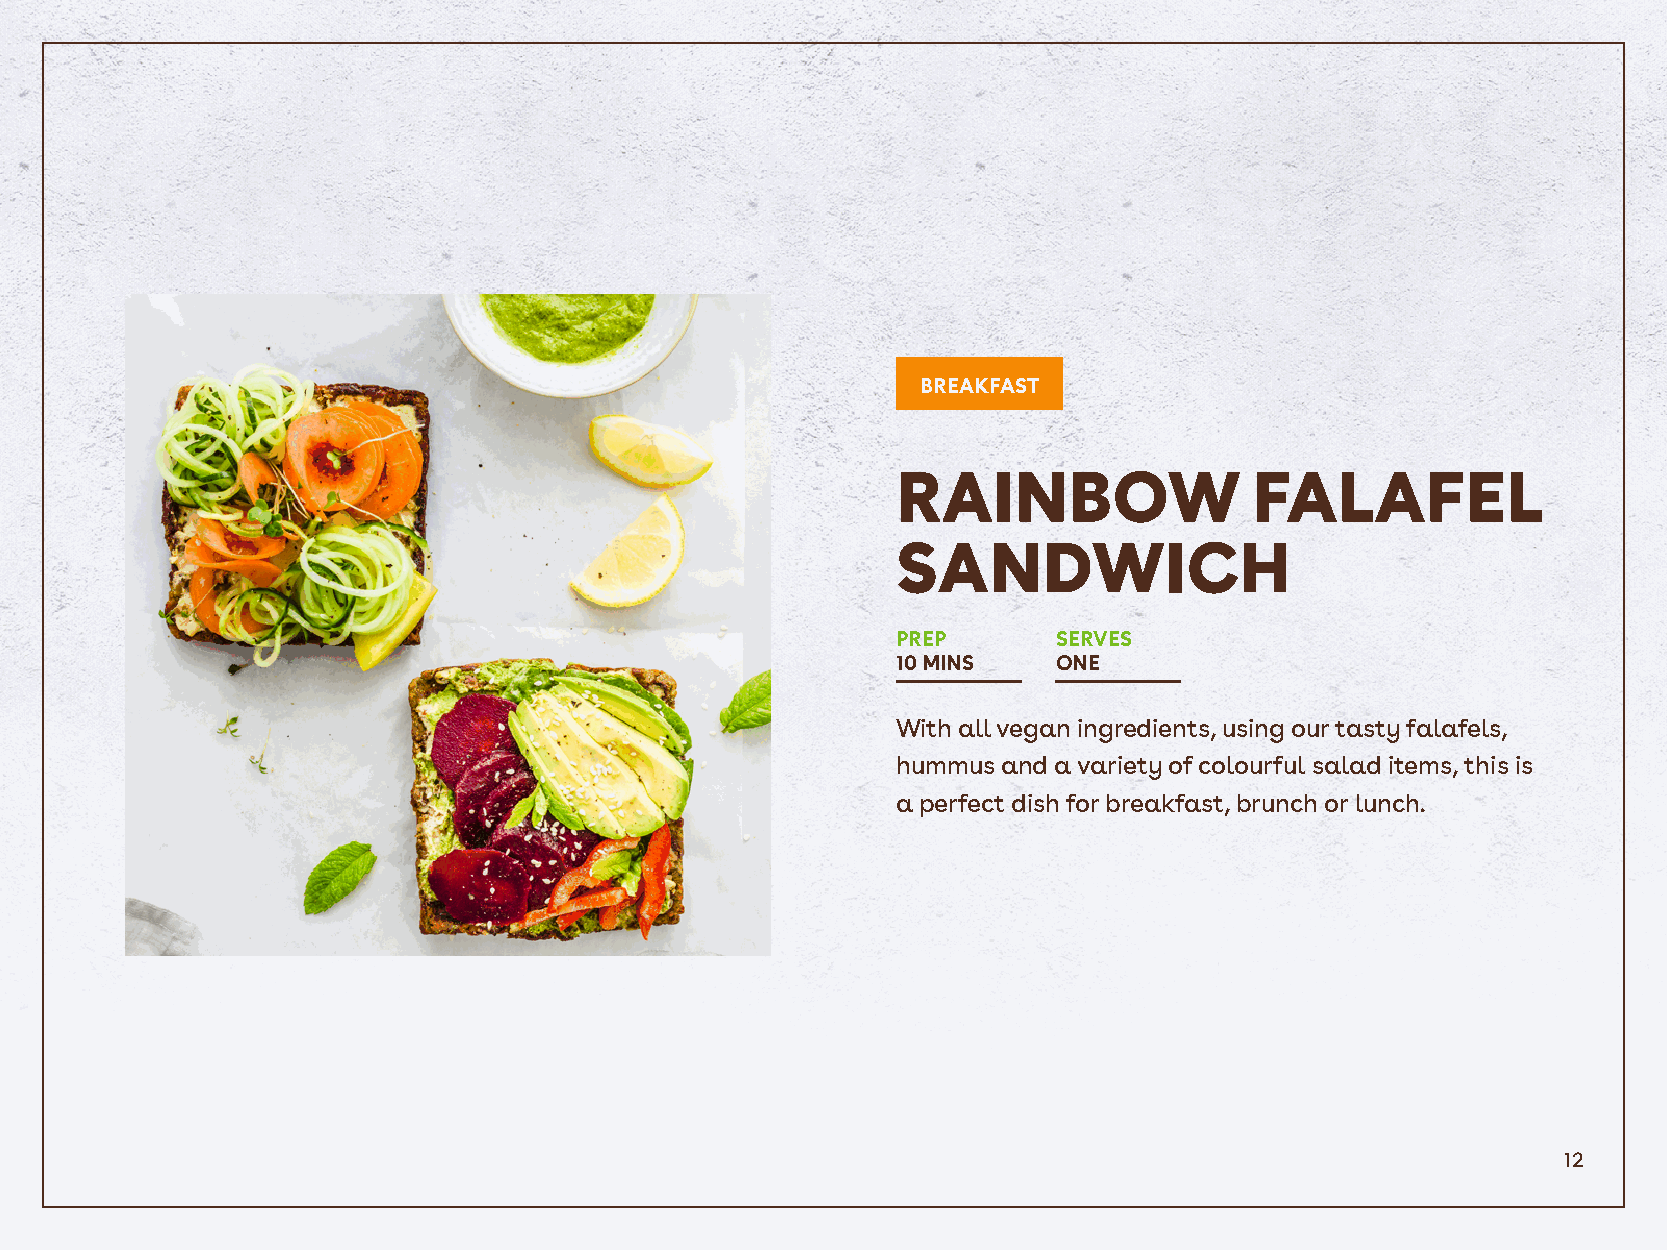
BREAKFAST
 RAINBOW                 FALAFEL
 SANDWICH
 PREP       SERVES
 10 MINS    ONE
 With all vegan ingredients, using our tasty falafels,
 hummus and a variety of colourful salad items, this is
 a perfect dish for breakfast, brunch or lunch.
 12